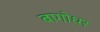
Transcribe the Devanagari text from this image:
बागोधर